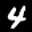
Label: 4